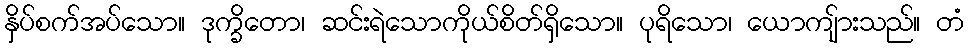
နှိပ်စက်အပ်သော။ ဒုက္ခိတော၊ ဆင်းရဲသောကိုယ်စိတ်ရှိသော။ ပုရိသော၊ ယောကျ်ားသည်။ တံ